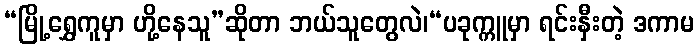
“မြို့ရွှေကူမှာ ဟို့နေသူ”ဆိုတာ ဘယ်သူတွေလဲ၊“ပခုက္ကူမှာ ရင်းနှီးတဲ့ ဒကာမ